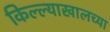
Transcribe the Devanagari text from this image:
किल्ल्याखालच्या